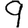
Digit: 9